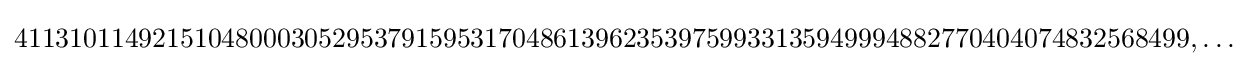
4113101149215104800030529537915953170486139623539759933135949994882770404074832568499,\ldots